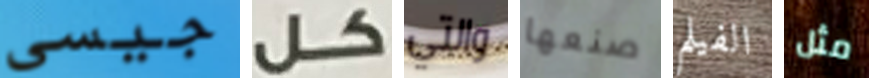
جيسى كل والتي صنعها الفيلم مثل